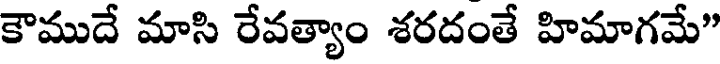
కౌముదే మాసి రేవత్యాం శరదంతే హిమాగమే"